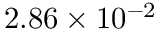
2 . 8 6 \times 1 0 ^ { - 2 }